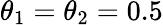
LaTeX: {\theta}_{1}={\theta}_{2}=0.5